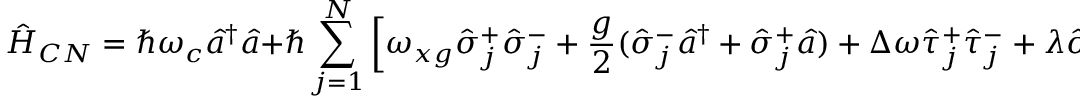
\hat { H } _ { C N } = \hbar \omega _ { c } \hat { a } ^ { \dagger } \hat { a } + \hbar \sum _ { j = 1 } ^ { N } \left[ \omega _ { x g } \hat { \sigma } _ { j } ^ { + } \hat { \sigma } _ { j } ^ { - } + \frac { g } { 2 } ( \hat { \sigma } _ { j } ^ { - } \hat { a } ^ { \dagger } + \hat { \sigma } _ { j } ^ { + } \hat { a } ) + \Delta \omega \hat { \tau } _ { j } ^ { + } \hat { \tau } _ { j } ^ { - } + \lambda \hat { \sigma } _ { j } ^ { + } \hat { \sigma } _ { j } ^ { - } ( \hat { \tau } _ { j } ^ { + } + \hat { \tau } _ { j } ^ { - } ) \right] .